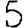
Digit: 5